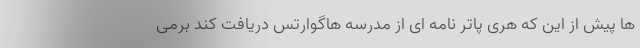
ها پیش از این که هری پاتر نامه ای از مدرسه هاگوارتس دریافت کند برمی